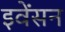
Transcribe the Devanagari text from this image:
इवेंसन